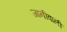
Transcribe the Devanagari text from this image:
जानीवाली